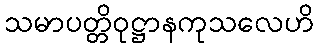
သမာပတ္တိဝုဋ္ဌာနကုသလေဟိ